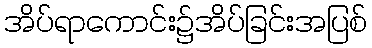
အိပ်ရာကောင်း၌အိပ်ခြင်းအပြစ်